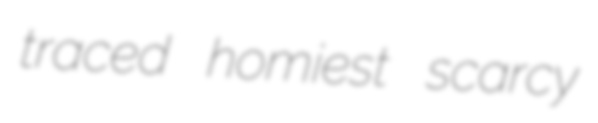
traced homiest scarcy